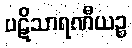
ပဋိသာရဏီယဉ္စ